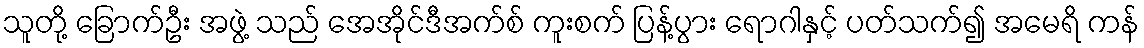
သူတို့ ခြောက်ဦး အဖွဲ့ သည် အေအိုင်ဒီအက်စ် ကူးစက် ပြန့်ပွား ရောဂါနှင့် ပတ်သက်၍ အမေရိ ကန်